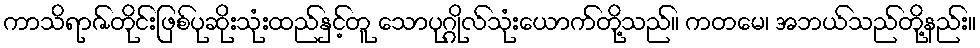
ကာသိရာဇ်တိုင်းဖြစ်ပုဆိုးသုံးထည်နှင့်တူ သောပုဂ္ဂိုလ်သုံးယောက်တို့သည်။ ကတမေ၊ အဘယ်သည်တို့နည်း။